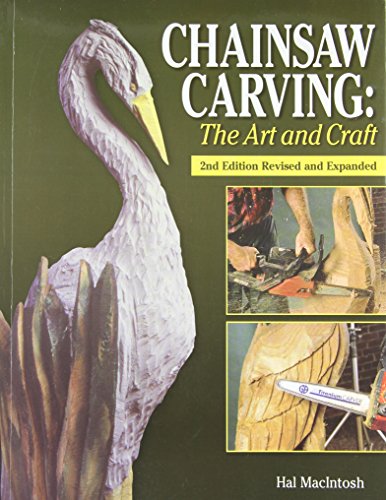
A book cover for Chainsaw Carving The Art and Craft, 2nd Edition Revised and Expanded; Hal Macintosh; Crafts, Hobbies & Home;